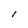
Character: l